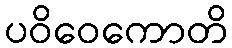
ပဝိဝေကောတိ